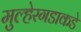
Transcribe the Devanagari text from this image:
मुल्हेरगडाकडे